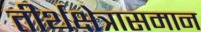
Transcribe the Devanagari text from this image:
तीर्थक्षेत्रासमान